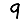
Digit: 9